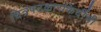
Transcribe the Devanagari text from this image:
चित्रपटकारकिर्दीची